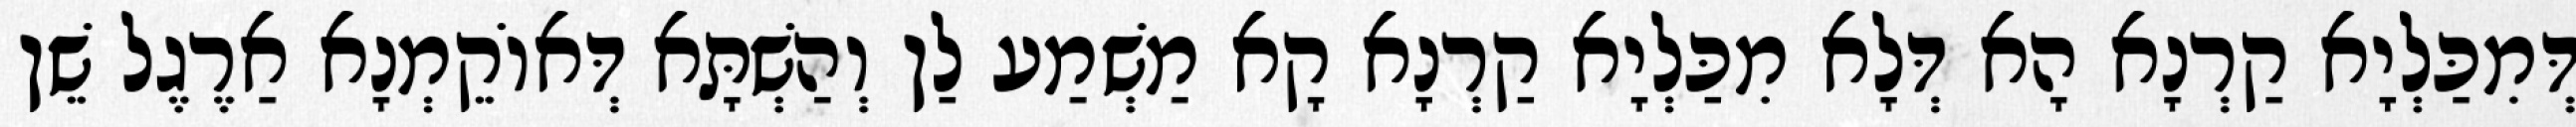
דְּמִכַּלְיָא קַרְנָא הָא דְּלָא מִכַּלְיָא קַרְנָא קָא מַשְׁמַע לַן וְהַשְׁתָּא דְּאוֹקֵמְנָא אַרֶגֶל שֵׁן